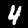
Digit: 4